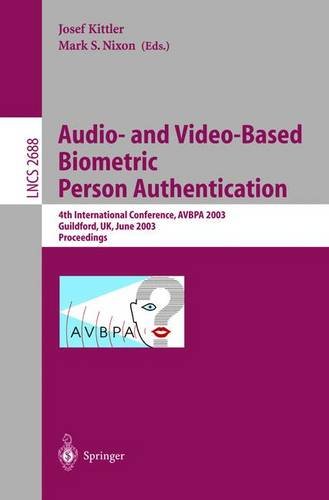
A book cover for Audio-and Video-Based Biometric Person Authentication: 4th International Conference, AVBPA 2003, Guildford, UK, June 9-11, 2003, Proceedings (Lecture Notes in Computer Science); Computers & Technology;